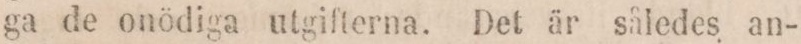
ga de onödiga utgifterna. Det är således an-